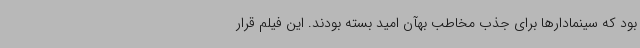
بود که سینمادارها برای جذب مخاطب بهآن امید بسته بودند. این فیلم قرار